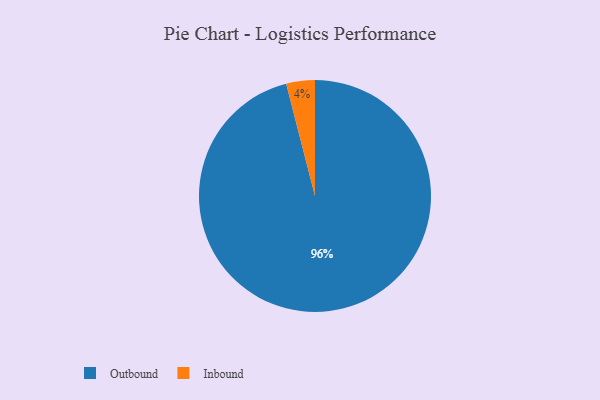
{"axis": {"x": "Category", "y": "Percentage"}, "legend": ["Inbound", "Outbound"], "data": [{"x": "Inbound", "y": 4, "type": "Inbound"}, {"x": "Outbound", "y": 96, "type": "Outbound"}]}